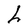
Character: h